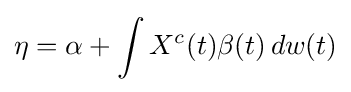
\eta =\alpha +\int X^{c}(t)\beta (t)\,dw(t)